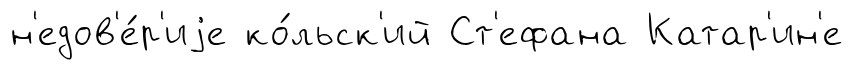
н'едов'е́р'иjе ко́льск'ий Ст'ефана Катар'ин'е